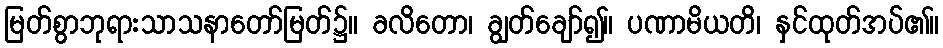
မြတ်စွာဘုရားသာသနာတော်မြတ်၌။ ခလိတော၊ ချွတ်ချော်၍။ ပဏာမိယတိ၊ နှင်ထုတ်အပ်၏။